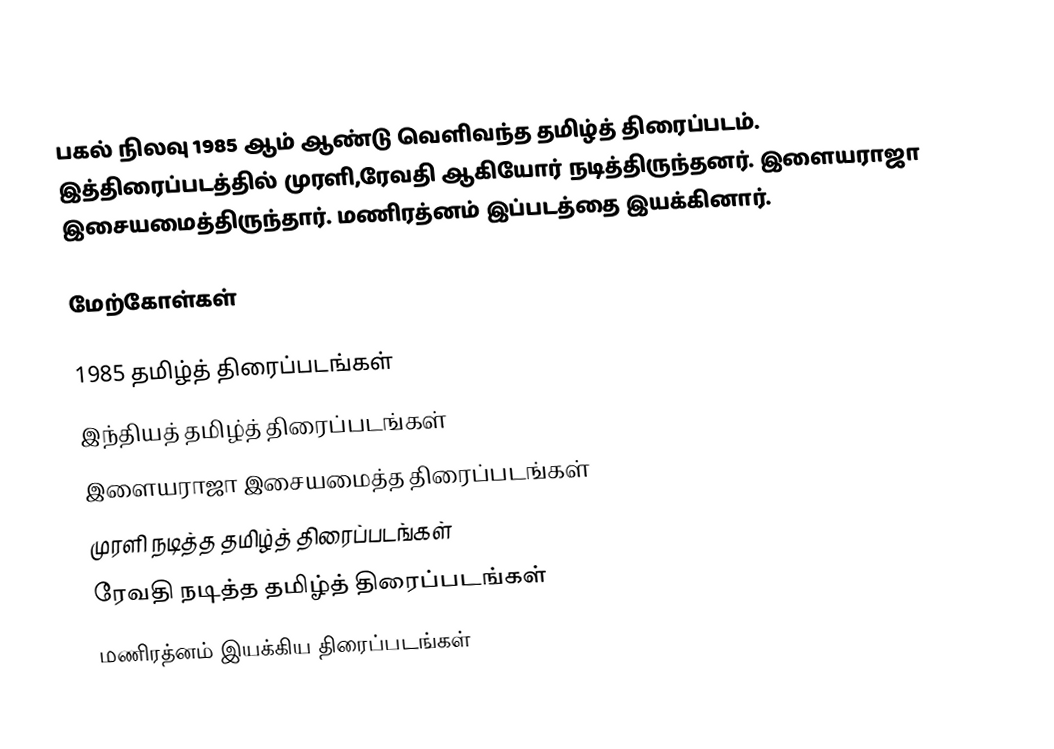
பகல் நிலவு 1985 ஆம் ஆண்டு வெளிவந்த தமிழ்த் திரைப்படம். இத்திரைப்படத்தில் முரளி,ரேவதி ஆகியோர் நடித்திருந்தனர். இளையராஜா இசையமைத்திருந்தார். மணிரத்னம் இப்படத்தை இயக்கினார்.

மேற்கோள்கள்

1985 தமிழ்த் திரைப்படங்கள்
இந்தியத் தமிழ்த் திரைப்படங்கள்
இளையராஜா இசையமைத்த திரைப்படங்கள்
முரளி நடித்த தமிழ்த் திரைப்படங்கள்
ரேவதி நடித்த தமிழ்த் திரைப்படங்கள்
மணிரத்னம் இயக்கிய திரைப்படங்கள்